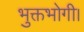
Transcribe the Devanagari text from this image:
भुक्तभोगी।